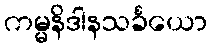
ကမ္မနိဒါနသင်္ခယော